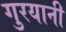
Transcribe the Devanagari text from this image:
गुरयानी